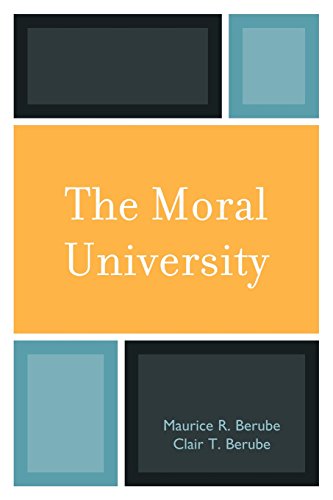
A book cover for The Moral University; Maurice R. Berube; Education & Teaching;